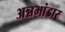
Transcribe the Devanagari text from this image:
अन्नभांडार